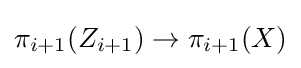
\pi _{i+1}(Z_{i+1})\to \pi _{i+1}(X)